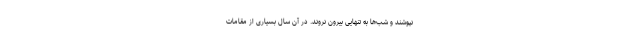
نپوشند و شب‌ها به تنهایی بیرون نروند. در آن سال‌ بسیاری از مقامات